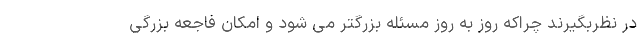
در نظربگیرند چراکه روز به روز مسئله بزرگتر می شود و امکان فاجعه بزرگی